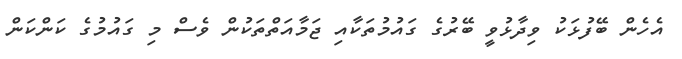
އެހެން ބޭފުޅަކު ވިދާޅުވީ ބޭރުގެ ގައުމުތަކާއި ޖަމާއަތްތަކުން ވެސް މި ގައުުމުގެ ކަންކަން